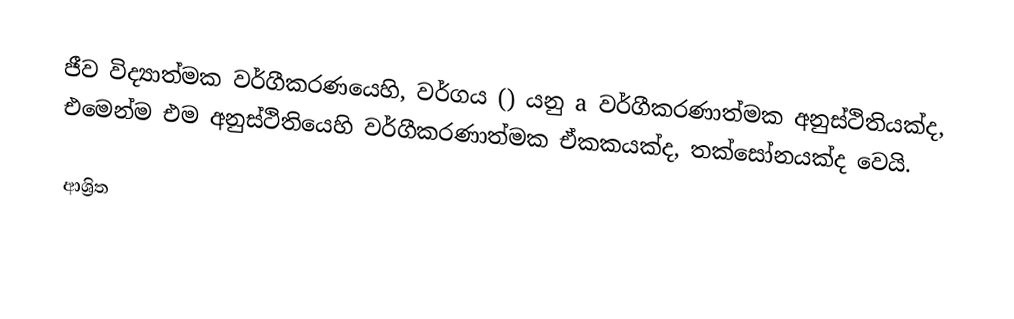
ජීව විද්‍යාත්මක වර්ගීකරණයෙහි, වර්ගය () යනු a වර්ගීකරණාත්මක අනුස්ථිතියක්ද, එමෙන්ම එම අනුස්ථිතියෙහි  වර්ගීකරණාත්මක ඒකකයක්ද, තක්සෝනයක්ද වෙයි.

ආශ්‍රිත